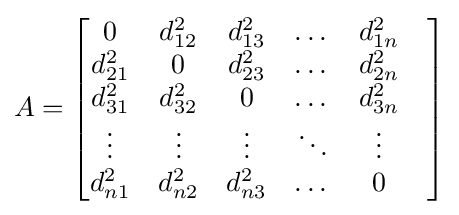
A={\begin{bmatrix}0&d_{12}^{2}&d_{13}^{2}&\dots &d_{1n}^{2}\\d_{21}^{2}&0&d_{23}^{2}&\dots &d_{2n}^{2}\\d_{31}^{2}&d_{32}^{2}&0&\dots &d_{3n}^{2}\\\vdots &\vdots &\vdots &\ddots &\vdots &\\d_{n1}^{2}&d_{n2}^{2}&d_{n3}^{2}&\dots &0\\\end{bmatrix}}